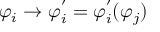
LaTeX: \varphi _ { i } \rightarrow \varphi _ { i } ^ { ' } = \varphi _ { i } ^ { ' } ( \varphi _ { j } )